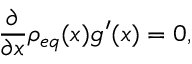
\frac { \partial } { \partial x } \rho _ { e q } ( x ) g ^ { \prime } ( x ) = 0 ,